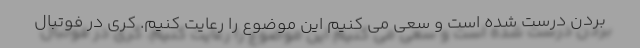
بردن درست شده است و سعی می کنیم این موضوع را رعایت کنیم. کری در فوتبال